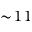
\sim \! 1 1